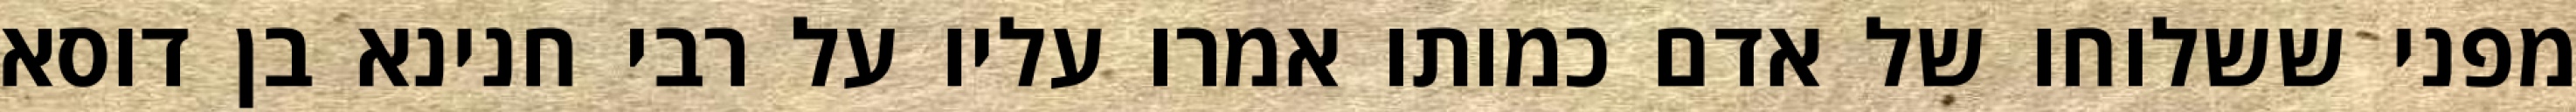
מפני ששלוחו של אדם כמותו אמרו עליו על רבי חנינא בן דוסא